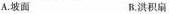
A.坡面 B.洪积扇